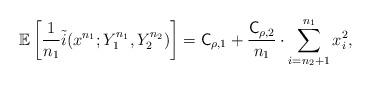
LaTeX: \begin{align*}\mathbb{E}\left[\frac{1}{n_1}\tilde{i}(x^{n_1}; Y_1^{n_1}, Y_2^{n_2})\right] = \mathsf{C}_{\rho,1} + \frac{\mathsf{C}_{\rho,2}}{n_1}\cdot\sum_{i=n_2+1}^{n_1}x_i^2,\end{align*}